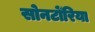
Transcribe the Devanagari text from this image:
सोनटोँरिया